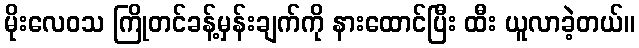
မိုးလေဝသ ကြိုတင်ခန့်မှန်းချက်ကို နားထောင်ပြီး ထီး ယူလာခဲ့တယ်။